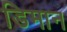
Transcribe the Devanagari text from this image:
डिमान